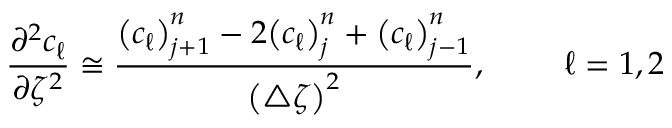
\frac { \partial ^ { 2 } c _ { \ell } } { \partial \zeta ^ { 2 } } \cong \frac { { \left( c _ { \ell } \right) } _ { j + 1 } ^ { n } - 2 { \left( c _ { \ell } \right) } _ { j } ^ { n } + { \left( c _ { \ell } \right) } _ { j - 1 } ^ { n } } { { \left( \triangle \zeta \right) } ^ { 2 } } , ~ ~ ~ ~ ~ ~ ~ \ell = 1 , 2